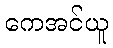
ကေအင်ယူ